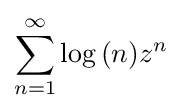
\sum _{n=1}^{\infty }\log {(n)}z^{n}